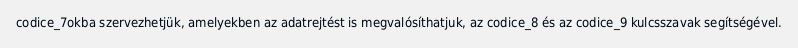
codice_7okba szervezhetjük, amelyekben az adatrejtést is megvalósíthatjuk, az codice_8 és az codice_9 kulcsszavak segítségével.